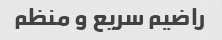
راضیم سریع و منظم